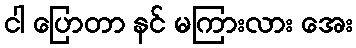
ငါ ပြောတာ နင် မကြားလား အေး